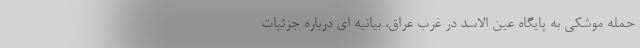
حمله موشکی به پایگاه عین الاسد در غرب عراق، بیانیه ای درباره جزئیات